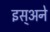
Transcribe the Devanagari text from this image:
इस्अने